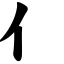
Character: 亻